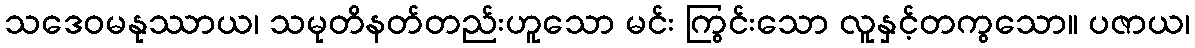
သဒေဝမနုဿာယ၊ သမုတိနတ်တည်းဟူသော မင်း ကြွင်းသော လူနှင့်တကွသော။ ပဇာယ၊